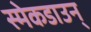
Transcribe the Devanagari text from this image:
स्मेकडाउन्